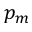
p _ { m }